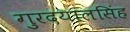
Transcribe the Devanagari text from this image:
गुरदयालसिंह